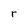
Character: r